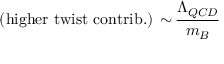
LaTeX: \mathrm { ( h i g h e r \, \, t w i s t \, \, c o n t r i b . ) \, \sim \, } \frac { \Lambda _ { Q C D } } { m _ { B } }